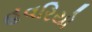
હવરિયો